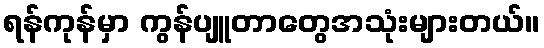
ရန်ကုန်မှာ ကွန်ပျူတာတွေအသုံးများတယ်။